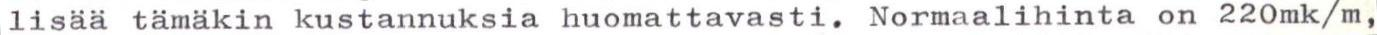
lisää tämäkin kustannuksia huomattavasti. Normaalihinta on 22Omk/m,